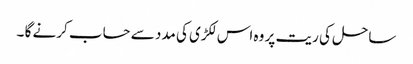
ساحل کی ریت پر وہ اس لکڑی کی مدد سے حساب کرنے گا ۔